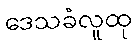
ဒေသခံလူထု